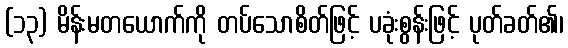
(၁၃) မိန်းမတယောက်ကို တပ်သောစိတ်ဖြင့် ပခုံးစွန်းဖြင့် ပုတ်ခတ်၏၊